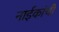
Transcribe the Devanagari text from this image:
नाईकांची